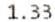
1.33